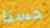
حسنا